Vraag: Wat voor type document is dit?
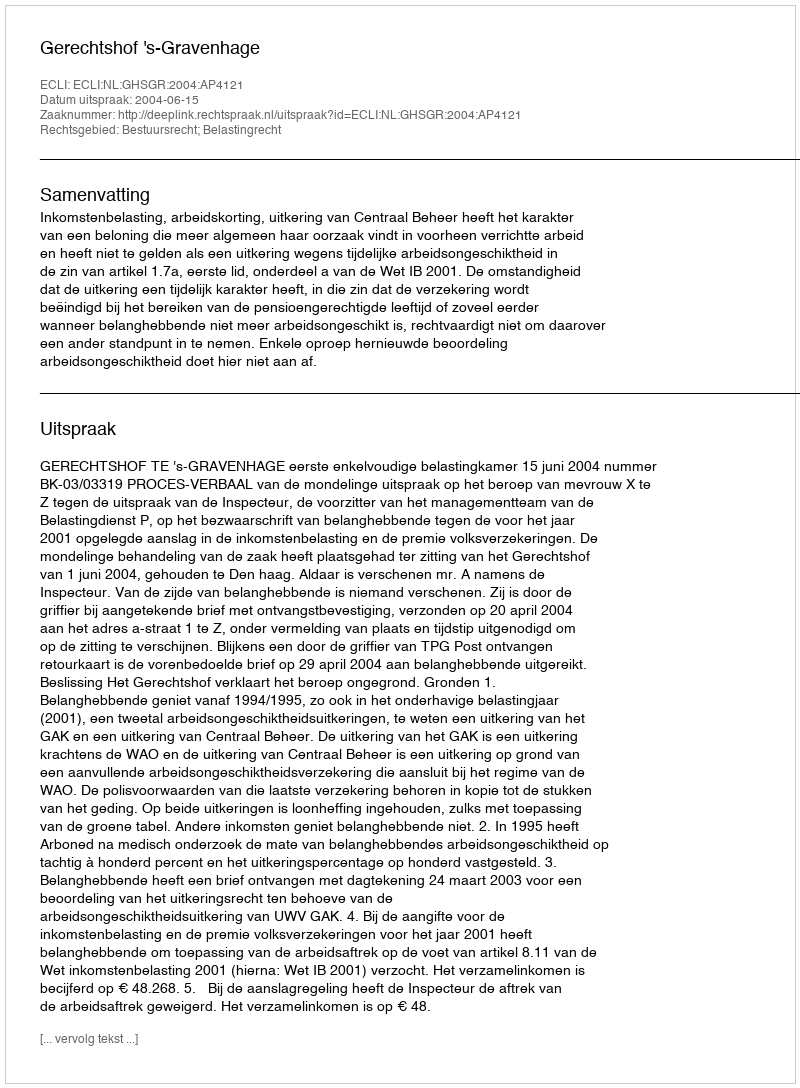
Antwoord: Uitspraak